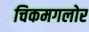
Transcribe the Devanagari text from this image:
चिकमगलोर